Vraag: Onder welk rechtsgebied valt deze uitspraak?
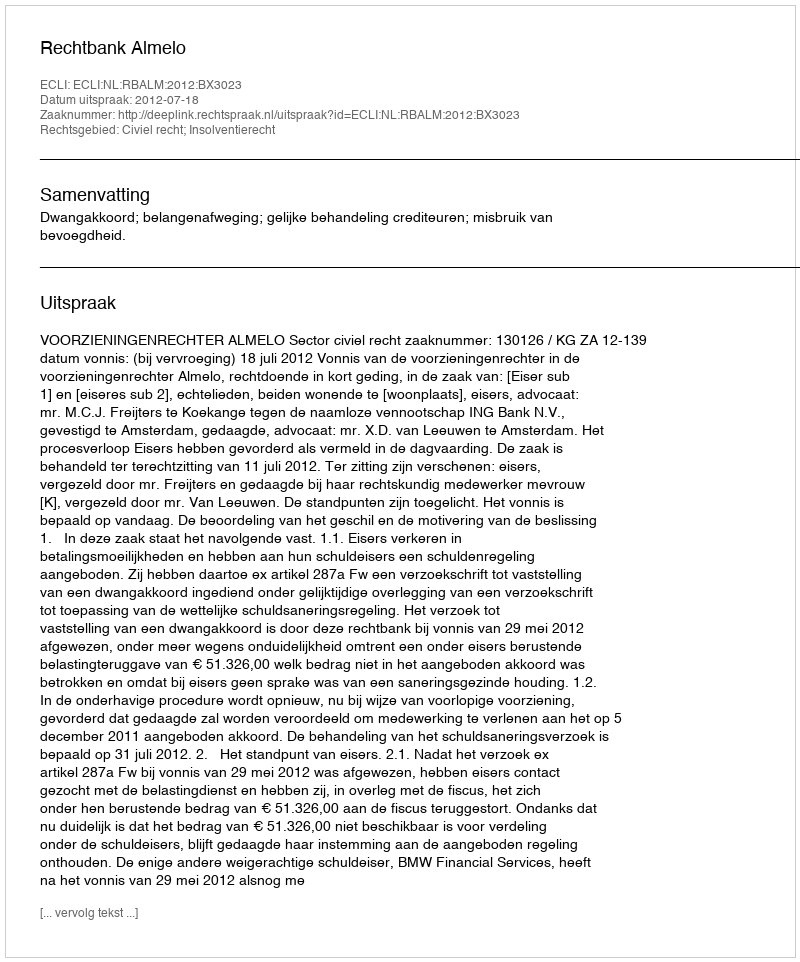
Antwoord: Civiel recht; Insolventierecht